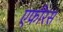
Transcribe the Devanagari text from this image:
एफीरस